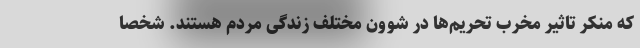
که منکر تاثیر مخرب تحریم‌ها در شوون مختلف زندگی مردم هستند. شخصا